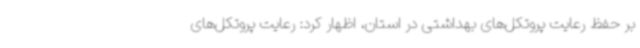
بر حفظ رعایت پروتکل‌های بهداشتی در استان، اظهار کرد: رعایت پروتکل‌های